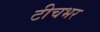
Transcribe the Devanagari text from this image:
टीचभर